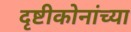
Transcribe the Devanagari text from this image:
दृष्टीकोनांच्या